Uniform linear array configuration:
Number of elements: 64
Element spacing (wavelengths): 0.75
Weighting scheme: exponential
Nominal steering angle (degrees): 60
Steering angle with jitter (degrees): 59.982
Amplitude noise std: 0.05
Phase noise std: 0.05

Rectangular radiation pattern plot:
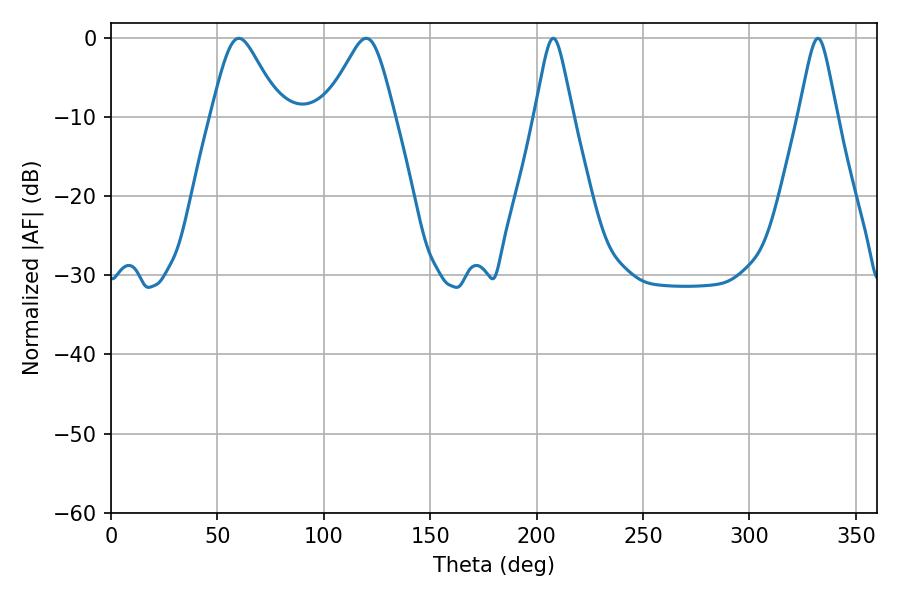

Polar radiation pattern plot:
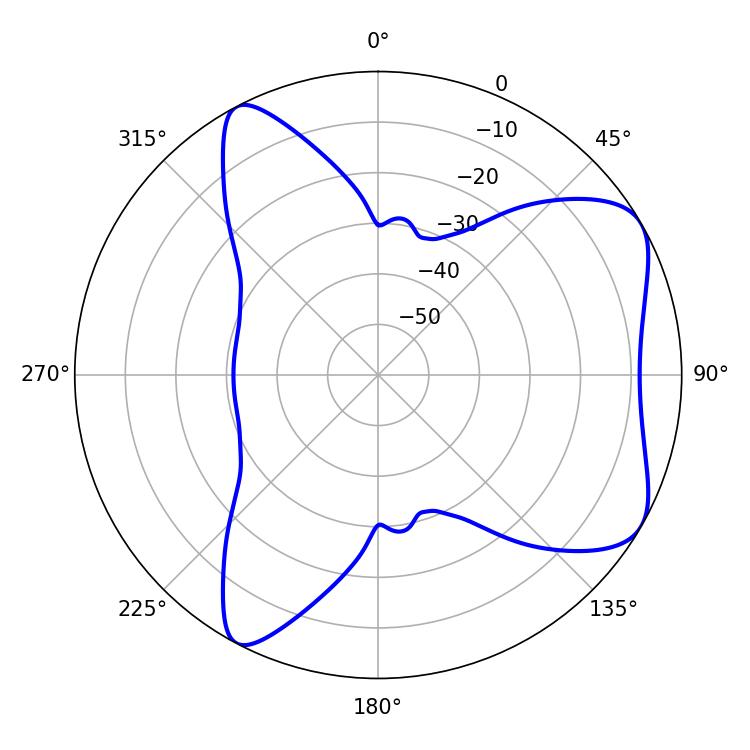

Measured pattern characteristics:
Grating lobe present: TRUE
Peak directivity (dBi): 6.551
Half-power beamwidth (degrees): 15.84
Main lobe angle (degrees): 60.12